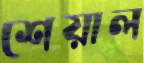
শেয়াল